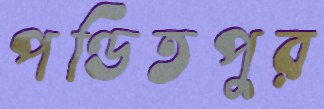
পণ্ডিতপুর